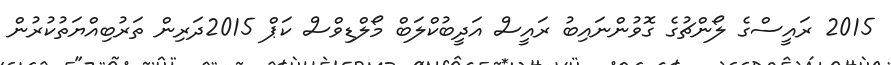
2015 ރައީސްގެ ލޯންޗުގެ ގޮވުންނައިބު ރައީސް އަދީބުކްލަބް މޯލްޑިވްސް ކަޕް 2015ދަރިން ތަރުބިއްޔަތުކުރުން